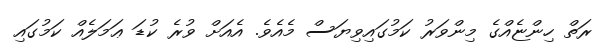
ރަތް ހިންޏެއްގެ މިންވަރު ކަމުގައިވިޔަސް މެއެވެ. އެއަށް ވުރެ ކުޑަ ޢަމަލެއް ކަމުގައި